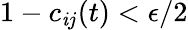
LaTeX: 1-c_{\mathit{i}j}(t)<\epsilon/2